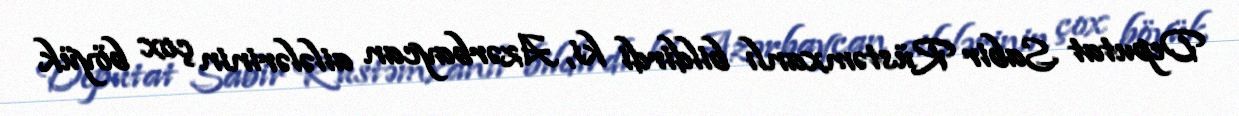
Deputat Sabir Rüstəmxanlı bildirdi ki, Azərbaycan ailələrinin çox böyük